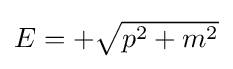
{\textstyle E=+{\sqrt {p^{2}+m^{2}}}}